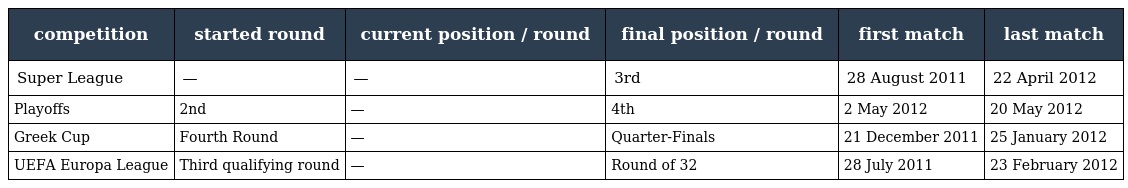
| competition | started round | current position / round | final position / round | first match | last match |
 | --- | --- | --- | --- | --- | --- |
 | Super League | — | — | 3rd | 28 August 2011 | 22 April 2012 |
 | Playoffs | 2nd | — | 4th | 2 May 2012 | 20 May 2012 |
 | Greek Cup | Fourth Round | — | Quarter-Finals | 21 December 2011 | 25 January 2012 |
 | UEFA Europa League | Third qualifying round | — | Round of 32 | 28 July 2011 | 23 February 2012 |